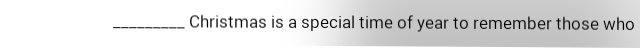
_________ Christmas is a special time of year to remember those who